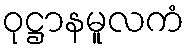
ဝုဋ္ဌာနမူလကံ